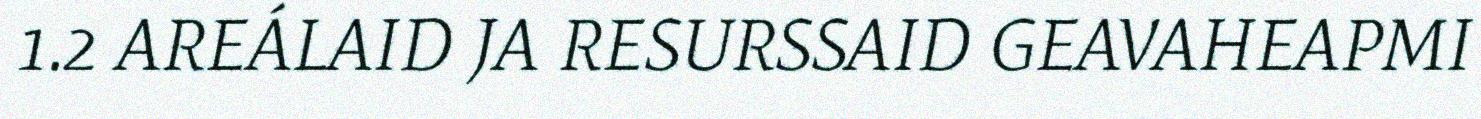
1.2 AREÁLAID JA RESURSSAID GEAVAHEAPMI